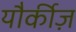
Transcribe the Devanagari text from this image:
यौर्कीज़